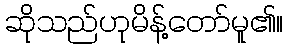
ဆိုသည်ဟုမိန့်တော်မူ၏။